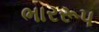
ભારરૂપ